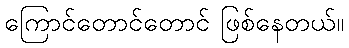
ကြောင်တောင်တောင် ဖြစ်နေတယ်။